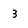
Character: 3